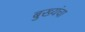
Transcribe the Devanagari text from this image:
बुख्यंचा